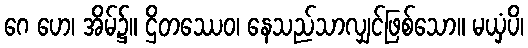
ဂေ ဟေ၊ အိမ်၌။ ဌိတဿေဝ၊ နေသည်သာလျှင်ဖြစ်သော။ မယှံပိ၊